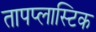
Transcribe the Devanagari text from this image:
तापप्लास्टिक